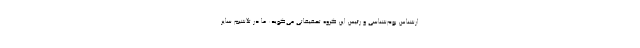
ارشناس بوم‌شناسی و رئیس این گروه تحقیقاتی می‌گوید: ما در تلاشیم سایر